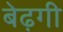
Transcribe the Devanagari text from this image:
बेढ़गी